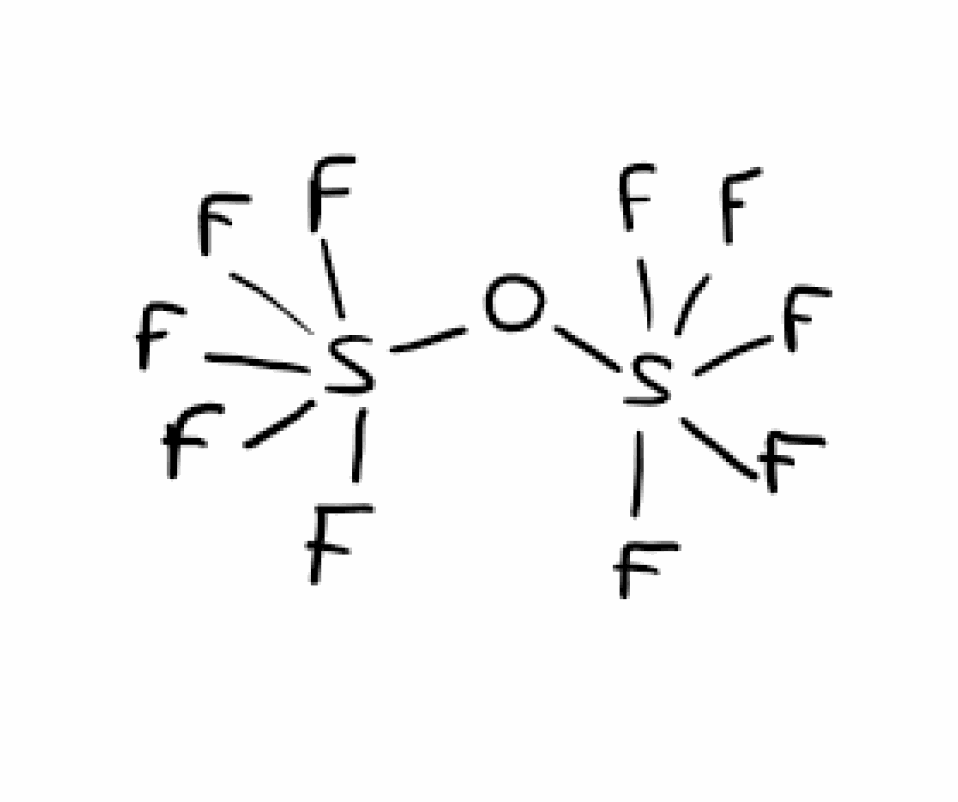
Simplified molecular-input line-entry system (SMILES) notation of the given molecule:
O(S(F)(F)(F)(F)F)S(F)(F)(F)(F)F